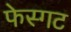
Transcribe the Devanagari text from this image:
फेस्गट